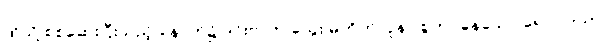
ထိုသို့ စစ်ဆေးပြီးသည့် နောက်၌ ဒင်းဗာက သွေး မတိတ်လူနာ စွဲကပ်နေသော ရောဂါသည်